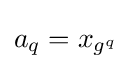
a_{q}=x_{g^{q}}